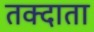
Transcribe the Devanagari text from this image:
तक्दाता